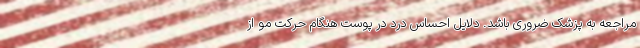
مراجعه به پزشک ضروری باشد. دلایل احساس درد در پوست هنگام حرکت مو از